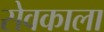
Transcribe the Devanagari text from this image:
सेवकाला